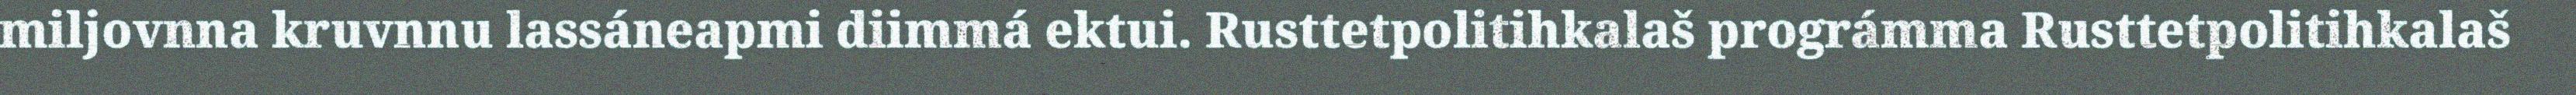
miljovnna kruvnnu lassáneapmi diimmá ektui. Rusttetpolitihkalaš prográmma Rusttetpolitihkalaš